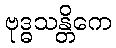
ဗုဒ္ဓသန္တိကေ